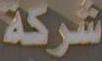
شركة